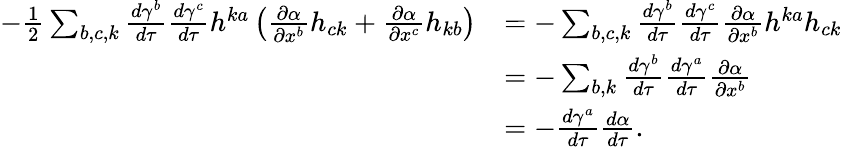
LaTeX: \begin{array}{rl}{-\frac{1}{2}\sum_{b,c,k}\frac{d\gamma^{b}}{d\tau}\frac{d\gamma^{c}}{d\tau}h^{ka}\left(\frac{\partial\alpha}{\partial x^{b}}h_{ck}+\frac{\partial\alpha}{\partial x^{c}}h_{kb}\right)}&{=-\sum_{b,c,k}\frac{d\gamma^{b}}{d\tau}\frac{d\gamma^{c}}{d\tau}\frac{\partial\alpha}{\partial x^{b}}h^{ka}h_{ck}}\\ &{=-\sum_{b,k}\frac{d\gamma^{b}}{d\tau}\frac{d\gamma^{a}}{d\tau}\frac{\partial\alpha}{\partial x^{b}}}\\ &{=-\frac{d\gamma^{a}}{d\tau}\frac{d\alpha}{d\tau}.}\end{array}